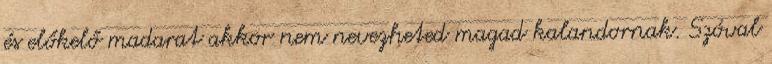
és előkelő madarat akkor nem nevezheted magad kalandornak. Szóval